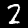
Digit: 2